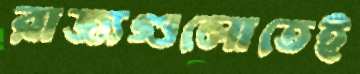
রাজ্যগুলোতেই